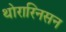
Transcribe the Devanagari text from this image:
थोरारिनसन